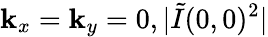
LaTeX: \mathbf{k}_{x}=\mathbf{k}_{y}=0,|\tilde{{I}}(0,0)^{2}|